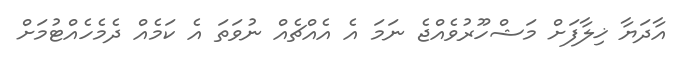
އާދަޔާ ޚިލާފަށް މަޝްހޫރުވެއްޖެ ނަމަ އެ އެއްޗެއް ނުވަތަ އެ ކަމެއް ދެމެހެއްޓުމަށް